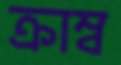
ক্রাম্ব